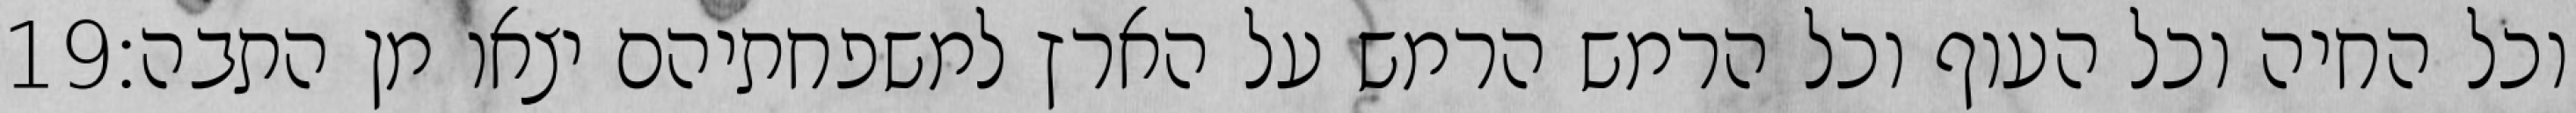
‎19‏ וכל החיה וכל העוף וכל הרמש הרמש על הארץ למשפחתיהם יצאו מן התבה׃